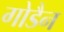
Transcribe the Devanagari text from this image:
गोडैन